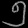
Digit: ၅